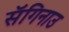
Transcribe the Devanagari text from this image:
सॅगिनाउ